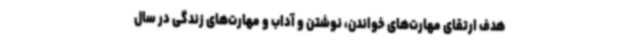
هدف ارتقای مهارت‌های خواندن، نوشتن و آداب و مهارت‌های زندگی در سال